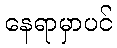
နေရာမှာပင်